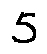
5